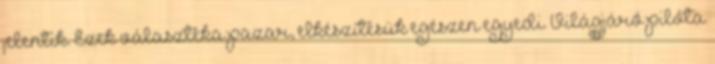
jelentik. Ezek választéka pazar, elkészítésük egészen egyedi. Világjáró pilóta